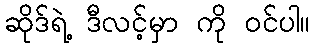
ဆိုဒ်ရဲ့ ဒီလင့်မှာ ကို ဝင်ပါ။